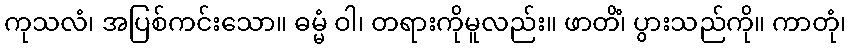
ကုသလံ၊ အပြစ်ကင်းသော။ ဓမ္မံ ဝါ၊ တရားကိုမူလည်း။ ဖာတိံ၊ ပွားသည်ကို။ ကာတုံ၊